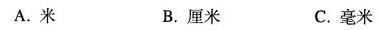
A.米 B.厘米 C.毫米